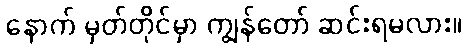
နောက် မှတ်တိုင်မှာ ကျွန်တော် ဆင်းရမလား။